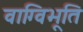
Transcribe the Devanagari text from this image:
वाग्विभूति